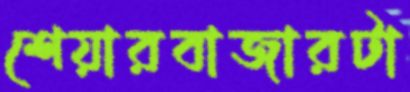
শেয়ারবাজারটা